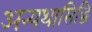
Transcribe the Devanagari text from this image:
अन्यथासिद्धि